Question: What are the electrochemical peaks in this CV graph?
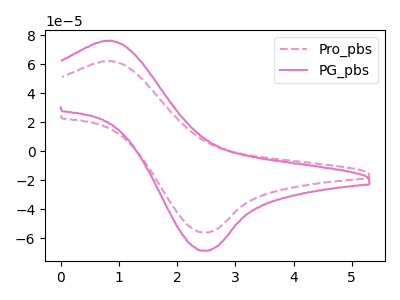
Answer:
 <answer>The pink dashed curve "Pro_pbs" has an anodic peak at (0.90V, 62.10uA) and a cathodic peak at (2.45V, -56.00uA). The pink curve "PG_pbs" has an anodic peak at (0.90V, 76.05uA) and a cathodic peak at (2.45V, -68.60uA).</answer>
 <eval></eval>